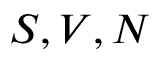
S , V , N